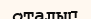
оталып